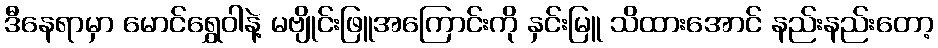
ဒီနေရာမှာ မောင်ရွှေဝါနဲ့ မဗျိုင်းဖြူအကြောင်းကို နှင်းမြူ သိထားအောင် နည်းနည်းတော့